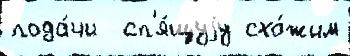
пода́чи  сп'я́щуjу схо́жим